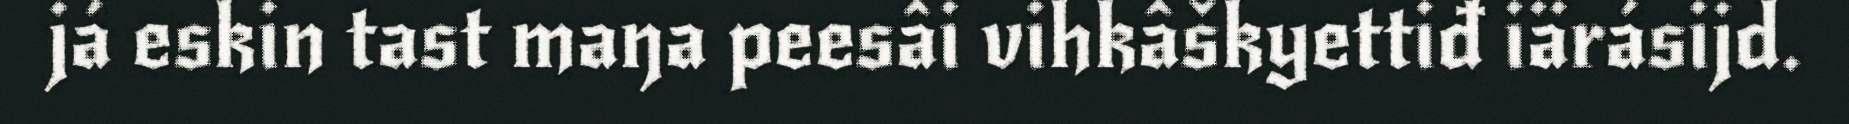
já eskin tast maŋa peesâi vihkâškyettiđ iärásijd.